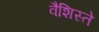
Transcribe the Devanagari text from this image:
वैशिस्ते